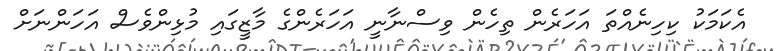
އެކަމަކު ކިހިނެއްތަ އަހަރެން ތިހެން ވިސްނާނީ އަހަރެންގެ މާޒީގައި މުޅިންވެސް އަހަންނަށް